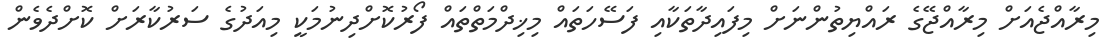
މިރާއްޖެއަށް މިރާއްޖޭގެ ރައްޔިތުންނަށް މިފައިދާތަކާއި ފަސޭހަތައް މިޚިދްމަތްތައް ފޯރުކޮށްދިނުމަކީ މިއަދުގެ ސަރުކާރަށް ކޮށްދެވެން